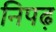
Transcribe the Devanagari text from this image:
निपढ़